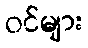
ဝင်များ